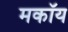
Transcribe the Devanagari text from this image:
मकॉय